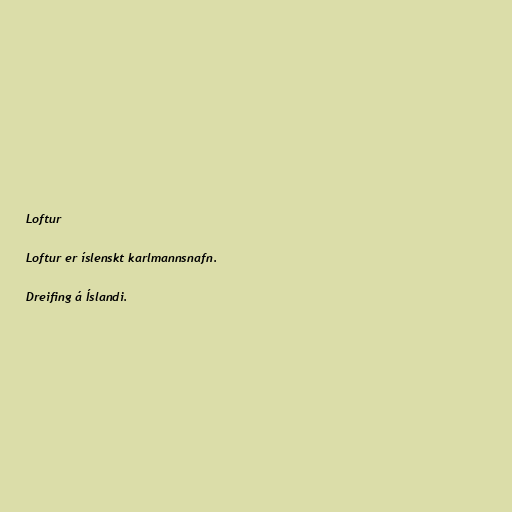
Loftur

Loftur er íslenskt karlmannsnafn.

Dreifing á Íslandi.